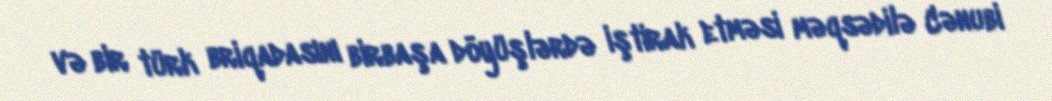
və bir türk briqadasını birbaşa döyüşlərdə iştirak etməsi məqsədilə Cənubi